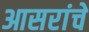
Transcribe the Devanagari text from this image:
आसरांचे